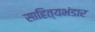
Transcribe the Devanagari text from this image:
साहित्यभंडार